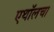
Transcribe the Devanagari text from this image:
एथॉलचा